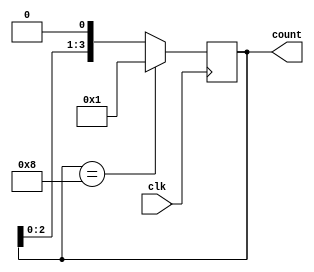
module ring_counter (
    input wire clk,
    output reg [3:0] count
);

always @(posedge clk) begin
    count <= count << 1;
    if(count == 4'b1000)
        count <= 4'b0001;
end

endmodule